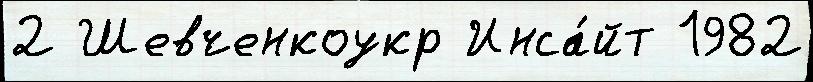
2 Шевченкоукр Инса́йт 1982